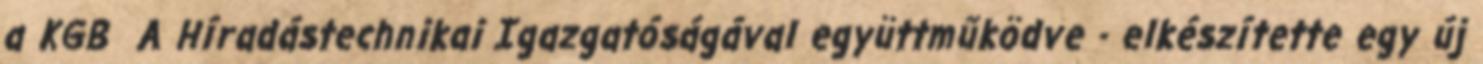
a KGB A Híradástechnikai Igazgatóságával együttműködve - elkészítette egy új